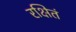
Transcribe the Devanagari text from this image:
रक्षितं